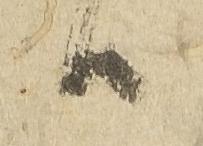
候